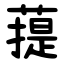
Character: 䔶